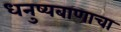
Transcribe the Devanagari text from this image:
धनुष्यबाणाचा